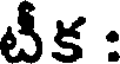
టీక :